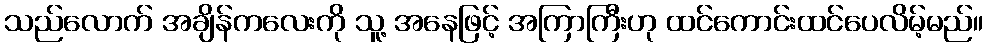
သည်လောက် အချိန်ကလေးကို သူ့ အနေဖြင့် အကြာကြီးဟု ထင်ကောင်းထင်ပေလိမ့်မည်။